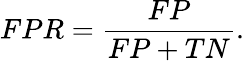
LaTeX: FPR=\frac{FP}{FP+TN}.